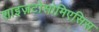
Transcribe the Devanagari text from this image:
शाइज़टोसोमिएसिस